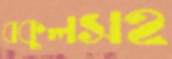
বকুলসহ